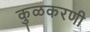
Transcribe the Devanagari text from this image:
कुळकरणी